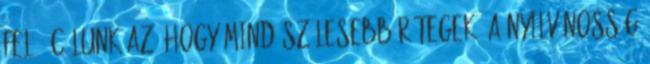
felé. Célunk az, hogy mind szélesebb rétegek, a nyilvánosság